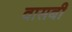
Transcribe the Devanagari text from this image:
वासबी